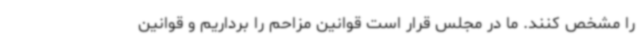
را مشخص کنند. ما در مجلس قرار است قوانین مزاحم را برداریم و قوانین